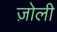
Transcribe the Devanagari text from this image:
ज़ोली